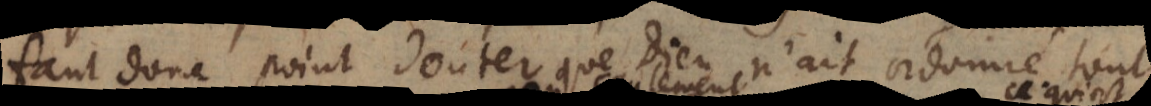
faut donc point douter que Dieu n’ait ordonné tout